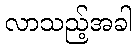
လာသည့်အခါ